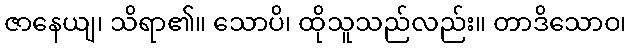
ဇာနေယျ၊ သိရာ၏။ သောပိ၊ ထိုသူသည်လည်း။ တာဒိသောဝ၊